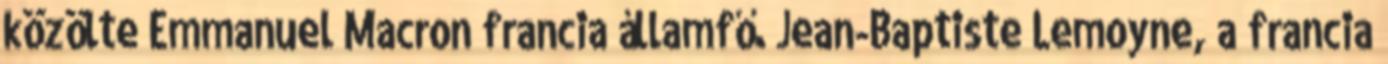
közölte Emmanuel Macron francia államfő. Jean-Baptiste Lemoyne, a francia